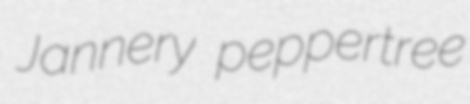
Jannery peppertree